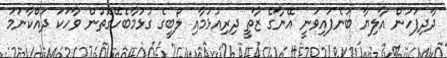
ދާދިފަހުން އާލިޔާ ބުނެފައިވަނީ އޭނާގެ ޒާތީ ދިރިއުޅުމާއި ލޯބީގެ ގުޅުމާބެހޭގޮތުން ވާހަކަ ދައްކާނަމަ